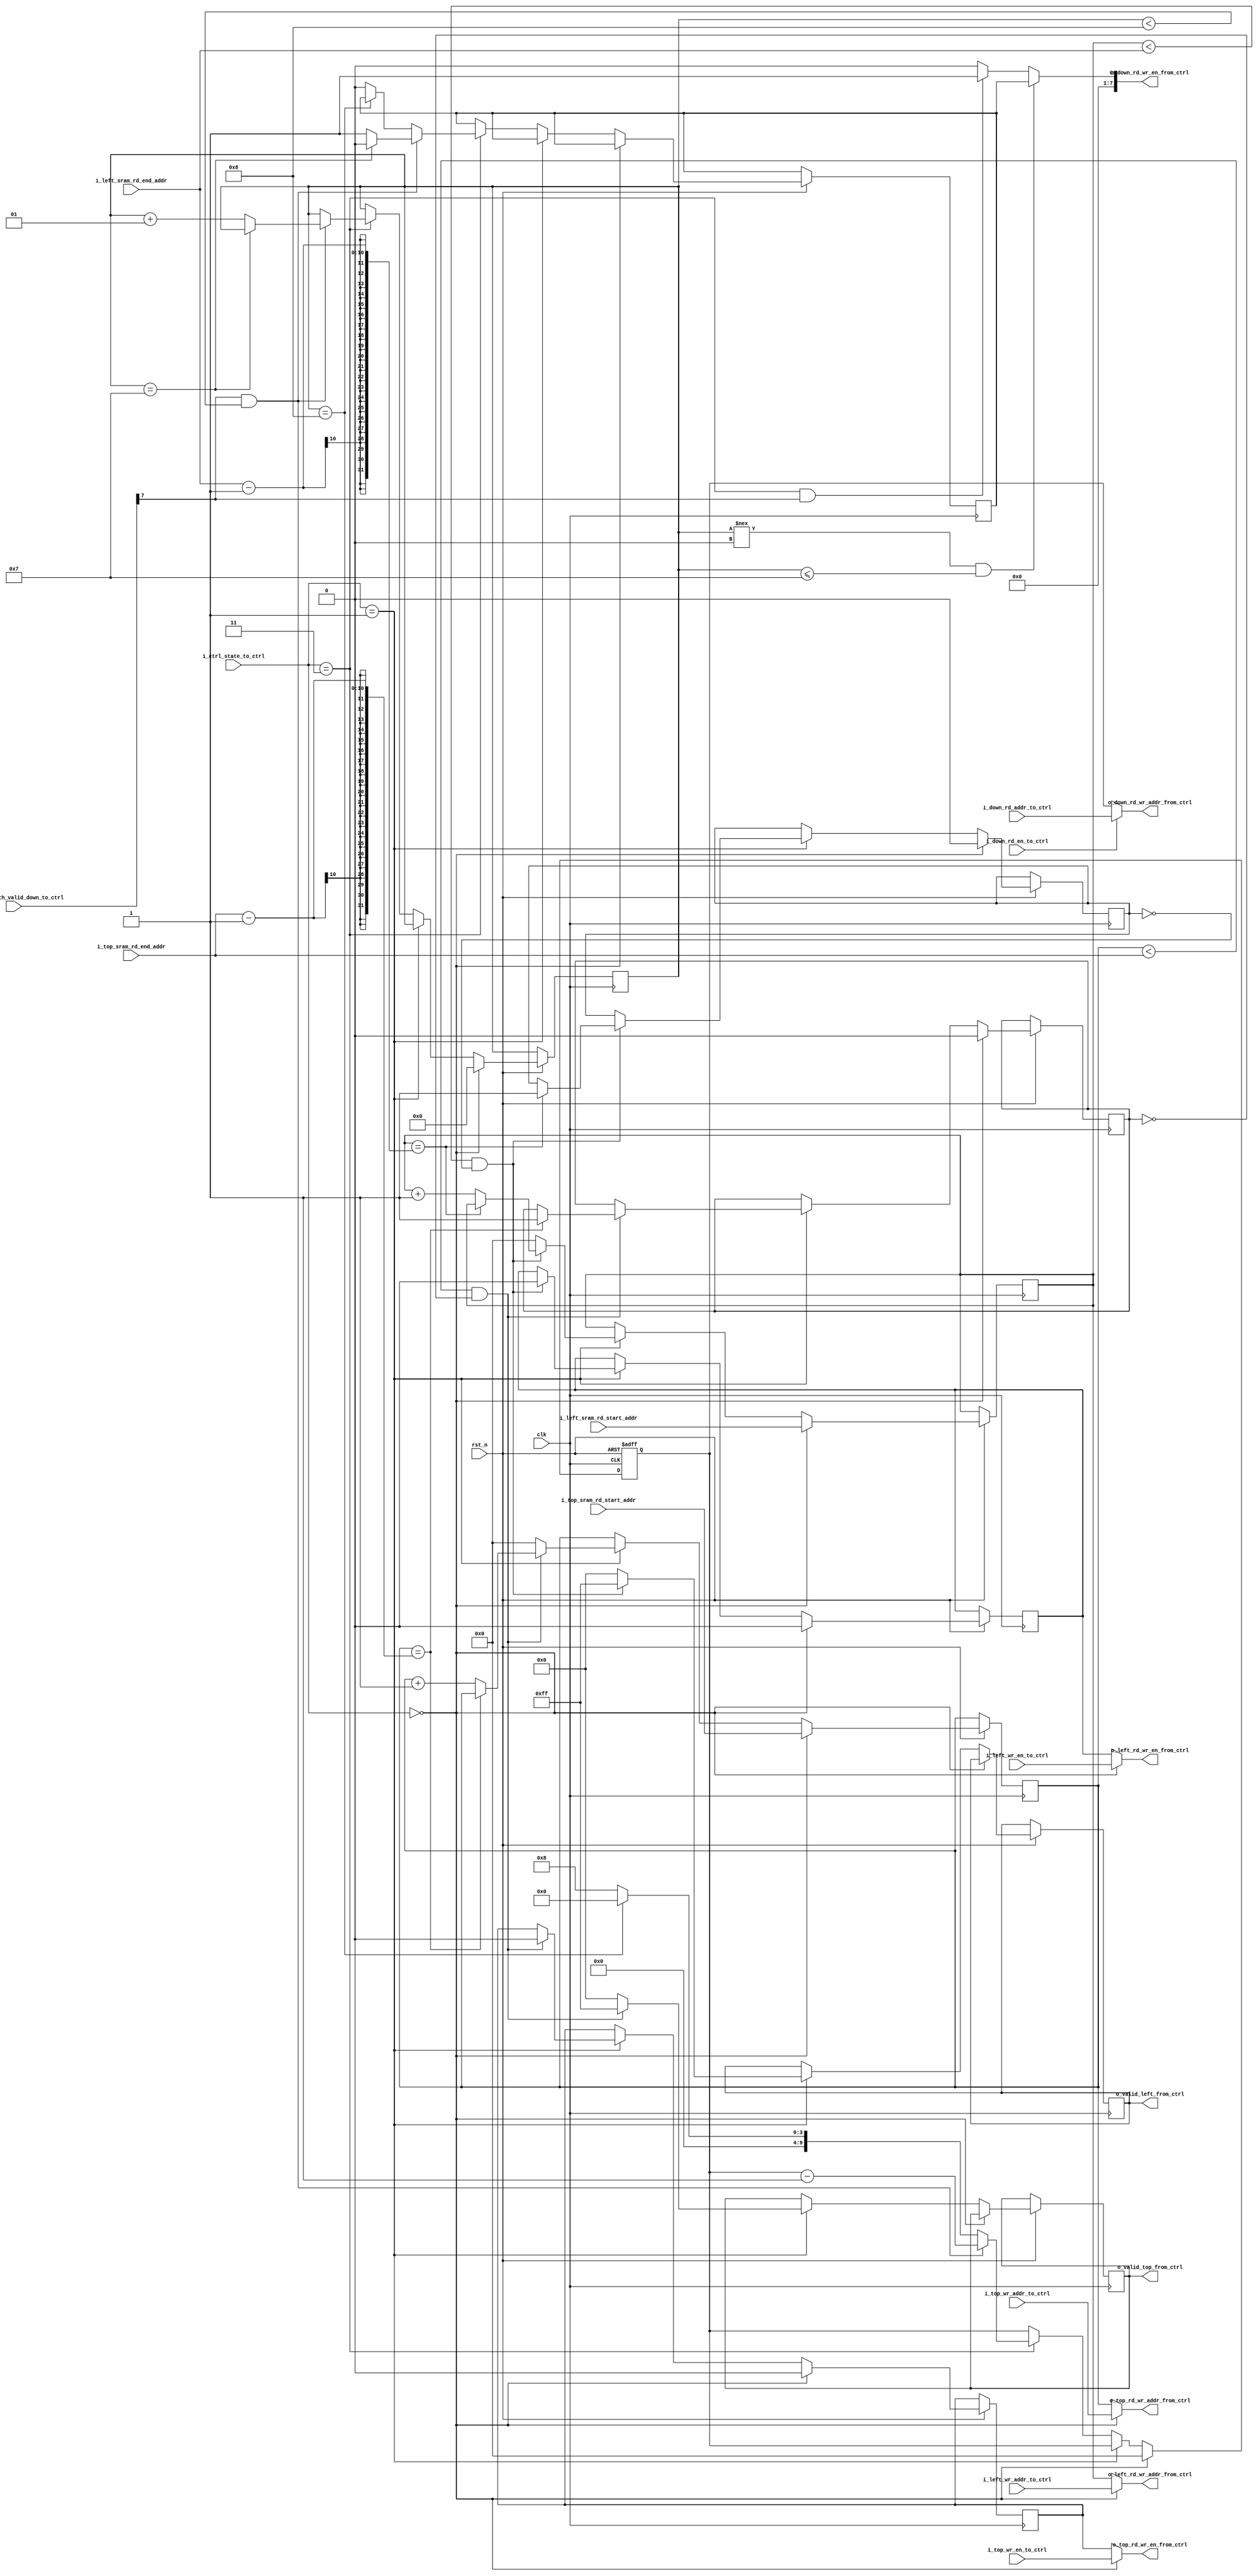
`timescale 1ns / 1ps
/*
 Top Module:  systolic_array_datapath
 Data:        DATA_WIDTH is the width of input data -> OUT_WORD_SIZE is the width of output data.
 Format:      OUT_WORD_SIZE = DATA_WIDTH << 1; beacuse multiplication happen inside
 Timing:      Sequential Logic
 Reset:       Synchronized Reset [High negedge rst_n]
 Dummy Data:  {DATA_WIDTH{1'b0}}
 
 Function:   Output Stationary.
 [1*IWS+:IWS]   [3*IWS+:IWS]
 weights[0*IWS+:IWS] |[2*IWS+:IWS] |
 |      |      |      |
 v      v      v      v
 iActs[0*IWS+:IWS]   -->||--||--||--||
 |___|  |___|  |___|  |___|
 |      |      |      |
 i_data[1*IWS+:IWS]   -->||--||--||--||
 |___|  |___|  |___|  |___|
 |      |      |      |
 ...              -->||--||--||--||
 |___|  |___|  |___|  |___|
 |      |      |      |
 i_data[NUM_ROW*IWS+:IWS]-->||--||--||--||
 |___|  |___|  |___|  |___|
 |      |      |      |
 v      v      v      v
 o_data o_data o_data o_data
 [0*IWS+:IWS]               [NUM_ROW*IWS+:IWS]
 
 Every node has an output value;
 
 Author:      Jianming Tong (jianming.tong@gatech.edu) Anirudh Itagi (aitagi7@gatech.edu)
 Last modified by: Spandan More (smore39@gatech.edu), Adithi Upadhya (aupadhya7@gatech.edu), Anirudh Tulasi (atulasi3@gatech.edu)
 */

module systolic_array_controller#(parameter NUM_ROW = 8,
                                  parameter NUM_COL = 8,
                                  parameter DATA_WIDTH = 8,
                                  parameter ACCU_DATA_WIDTH = 32,
                                  parameter LOG2_SRAM_BANK_DEPTH = 10,
                                  parameter SRAM_BANK_DEPTH = 8, 
                                  parameter SKEW_TOP_INPUT_EN = 1,
                                  parameter SKEW_LEFT_INPUT_EN = 1)
                                 (clk,
                                  rst_n,
                                  i_ctrl_state_to_ctrl,
                                  i_top_wr_en_to_ctrl,
                                  i_top_wr_addr_to_ctrl,
                                  i_left_wr_en_to_ctrl,
                                  i_left_wr_addr_to_ctrl,
                                  i_down_rd_en_to_ctrl,
                                  i_down_rd_addr_to_ctrl,
                                  i_top_sram_rd_start_addr,
                                  i_top_sram_rd_end_addr,
                                  i_left_sram_rd_start_addr,
                                  i_left_sram_rd_end_addr,
                                  o_top_rd_wr_en_from_ctrl,
                                  o_top_rd_wr_addr_from_ctrl,
                                  o_left_rd_wr_en_from_ctrl,
                                  o_left_rd_wr_addr_from_ctrl,
                                  o_down_rd_wr_en_from_ctrl,
                                  o_down_rd_wr_addr_from_ctrl,
                                  i_sa_datapath_valid_down_to_ctrl,
                                  o_valid_top_from_ctrl,
                                  o_valid_left_from_ctrl);
    
    /*
     localparam
     */
    localparam  OUT_DATA_WIDTH = ACCU_DATA_WIDTH;
    localparam  READ_ENABLE    = 1'b0;
    localparam  WRITE_ENABLE   = 1'b1;
    localparam  CTRL_WIDTH     = 4;
    
    /*
     ports
     */
    input                                                       clk                                 ;
    input                                                       rst_n                               ;
    input   [CTRL_WIDTH             -1: 0]                      i_ctrl_state_to_ctrl                ;
    input                                                       i_top_wr_en_to_ctrl                 ;
    input   [LOG2_SRAM_BANK_DEPTH     -1: 0]                    i_top_wr_addr_to_ctrl               ; 
    input                                                       i_left_wr_en_to_ctrl                ;
    input   [LOG2_SRAM_BANK_DEPTH    -1: 0]                      i_left_wr_addr_to_ctrl             ;
    input                                                       i_down_rd_en_to_ctrl                ;
    input   [LOG2_SRAM_BANK_DEPTH   -1: 0]                      i_down_rd_addr_to_ctrl              ;
    
    input   [LOG2_SRAM_BANK_DEPTH   -1: 0]                      i_top_sram_rd_start_addr            ;
    input   [LOG2_SRAM_BANK_DEPTH   -1: 0]                      i_top_sram_rd_end_addr              ;
    input   [LOG2_SRAM_BANK_DEPTH   -1: 0]                      i_left_sram_rd_start_addr           ;
    input   [LOG2_SRAM_BANK_DEPTH   -1: 0]                      i_left_sram_rd_end_addr             ;
    
    output                                                      o_top_rd_wr_en_from_ctrl            ;
    output  [LOG2_SRAM_BANK_DEPTH   -1: 0]                      o_top_rd_wr_addr_from_ctrl          ;
    output                                                      o_left_rd_wr_en_from_ctrl           ;
    output  [LOG2_SRAM_BANK_DEPTH   -1: 0]                      o_left_rd_wr_addr_from_ctrl         ;
    output  [NUM_COL                -1: 0]                      o_down_rd_wr_en_from_ctrl           ;
    output  [LOG2_SRAM_BANK_DEPTH   -1: 0]                      o_down_rd_wr_addr_from_ctrl         ;
    input   [NUM_COL                -1: 0]                      i_sa_datapath_valid_down_to_ctrl    ;
    output  [NUM_COL                -1: 0]                      o_valid_top_from_ctrl               ;
    output  [NUM_ROW                -1: 0]                      o_valid_left_from_ctrl              ;
    
    
    integer  i_r, i_c;
    genvar   gr, gc;
    
    localparam IDLE   = 0;
    localparam STEADY = 1;
    localparam DRAIN  = 3;
    
    reg     [LOG2_SRAM_BANK_DEPTH   -1: 0]  r_i_down_wr_addr            ;
    reg                                     r_top_rd_wr_en_from_ctrl    ;
    reg     [LOG2_SRAM_BANK_DEPTH   -1: 0]  r_top_rd_wr_addr_from_ctrl  ;
    reg                                     r_left_rd_wr_en_from_ctrl   ;
    reg     [LOG2_SRAM_BANK_DEPTH   -1: 0]  r_left_rd_wr_addr_from_ctrl ;
    reg                                     r_down_rd_wr_en_from_ctrl;

    reg     [NUM_COL                -1: 0]  r_valid_top_from_ctrl       ;
    reg     [NUM_ROW                -1: 0]  r_valid_left_from_ctrl      ;
    wire                                    w_sa_output_rdy;

    integer top_count, left_count, down_count;
    reg top_read_done, left_read_done;
    
    always@(posedge clk or negedge rst_n)
    begin
        if (!rst_n)
        begin
            r_i_down_wr_addr <= 0;
        end
        else
        begin
            if (i_ctrl_state_to_ctrl == IDLE)
            begin
                r_top_rd_wr_en_from_ctrl  <= {NUM_COL{READ_ENABLE}}     ;
                r_left_rd_wr_en_from_ctrl <= {NUM_ROW{READ_ENABLE}}     ;
                r_i_down_wr_addr          <= 0;
                
                r_top_rd_wr_addr_from_ctrl <= i_top_sram_rd_start_addr;
                r_left_rd_wr_addr_from_ctrl <= i_left_sram_rd_start_addr;

                top_count <= 0;
                left_count <= 0;
                down_count <= 0;

                top_read_done <= 0;
                left_read_done <= 0;
            end
            // DELETED WARMUP STAGE
            else if (i_ctrl_state_to_ctrl == STEADY)
            
            begin
            
            if (r_top_rd_wr_addr_from_ctrl < i_top_sram_rd_end_addr && (top_read_done != 1))
            begin
                r_top_rd_wr_en_from_ctrl <= {NUM_COL{READ_ENABLE}};
                r_valid_top_from_ctrl    <= ~0;

                if (r_top_rd_wr_addr_from_ctrl == i_top_sram_rd_end_addr - 1) begin 
                    r_top_rd_wr_addr_from_ctrl <= r_top_rd_wr_addr_from_ctrl;
                    top_read_done <= 1;
                end 
                else begin 
                    r_top_rd_wr_addr_from_ctrl <=  r_top_rd_wr_addr_from_ctrl + 1;
                end
            end
            else
            begin
                r_top_rd_wr_addr_from_ctrl <= 0;
                r_valid_top_from_ctrl      <= 0;
            end
            
            if (r_left_rd_wr_addr_from_ctrl  < i_left_sram_rd_end_addr  && (left_read_done != 1))
            begin
                r_left_rd_wr_en_from_ctrl <= {NUM_ROW{READ_ENABLE}};
                r_valid_left_from_ctrl    <= ~0;

                if (r_left_rd_wr_addr_from_ctrl == i_left_sram_rd_end_addr - 1) begin 
                    r_left_rd_wr_addr_from_ctrl <= r_left_rd_wr_addr_from_ctrl;
                    left_read_done <= 1;
                end 
                else begin 
                    r_left_rd_wr_addr_from_ctrl <=  r_left_rd_wr_addr_from_ctrl + 1;
                end
            end
            else
            begin
                r_left_rd_wr_addr_from_ctrl <= 0;
                r_valid_left_from_ctrl      <= 0;
            end
        end
        
            else if (i_ctrl_state_to_ctrl == DRAIN)
            begin

                // Wait for all the data to drain; takes NUM_ROW clock cycles 
                if (i_sa_datapath_valid_down_to_ctrl[NUM_COL -1] == 1 && down_count < NUM_ROW) begin 
                    if (down_count == NUM_ROW - 1) begin
                        r_down_rd_wr_en_from_ctrl <= {NUM_COL{READ_ENABLE}};
                    end else begin 
                        r_down_rd_wr_en_from_ctrl <= {NUM_COL{WRITE_ENABLE}};
                        down_count <= down_count + 1;
                    end

                    r_i_down_wr_addr <= r_i_down_wr_addr - 1;
                end else if (down_count == NUM_ROW) begin
                    r_i_down_wr_addr <= 0;
                end
                else begin 
                    r_i_down_wr_addr <= NUM_ROW;
                    r_down_rd_wr_en_from_ctrl <= {NUM_COL{READ_ENABLE}};
                end
            end
    end
    end
    
    // CHANGED: on IDLE, assign o_top_rd_wr_addr_from_ctrl to the input wr_addr from top (TB input)
    
    assign  o_top_rd_wr_addr_from_ctrl    = (i_ctrl_state_to_ctrl == IDLE) ? i_top_wr_addr_to_ctrl   : r_top_rd_wr_addr_from_ctrl;
    // assign  o_top_rd_wr_addr_from_ctrl = (i_ctrl_state_to_ctrl == IDLE) ? i_top_sram_rd_start_addr   : r_top_rd_wr_addr_from_ctrl;
    assign  o_top_rd_wr_en_from_ctrl      = (i_ctrl_state_to_ctrl == IDLE) ? i_top_wr_en_to_ctrl        : r_top_rd_wr_en_from_ctrl;
    
    assign  o_left_rd_wr_addr_from_ctrl    = (i_ctrl_state_to_ctrl == IDLE) ? i_left_wr_addr_to_ctrl  : r_left_rd_wr_addr_from_ctrl;
    // assign  o_left_rd_wr_addr_from_ctrl = (i_ctrl_state_to_ctrl == IDLE) ? i_left_sram_rd_start_addr  : r_left_rd_wr_addr_from_ctrl;
    assign  o_left_rd_wr_en_from_ctrl      = (i_ctrl_state_to_ctrl == IDLE) ? i_left_wr_en_to_ctrl       : r_left_rd_wr_en_from_ctrl;
    
    assign  o_valid_top_from_ctrl  = r_valid_top_from_ctrl;
    assign  o_valid_left_from_ctrl = r_valid_left_from_ctrl;

    assign  o_down_rd_wr_en_from_ctrl = ((down_count !== 0) && (down_count <= NUM_ROW - 1)) ? r_down_rd_wr_en_from_ctrl : (((i_ctrl_state_to_ctrl == DRAIN) && (i_sa_datapath_valid_down_to_ctrl[NUM_COL-1] == 1))?1:0);

    // assign  o_down_rd_wr_en_from_ctrl = (i_ctrl_state_to_ctrl == IDLE) ? i_down_rd_en_to_ctrl : r_down_rd_wr_en_from_ctrl; 
    assign  o_down_rd_wr_addr_from_ctrl = (i_down_rd_en_to_ctrl == 0) ?  r_i_down_wr_addr    :   i_down_rd_addr_to_ctrl;
    
endmodule